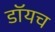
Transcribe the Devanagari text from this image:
डॉयच